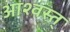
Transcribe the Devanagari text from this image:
आश्वस्त्